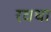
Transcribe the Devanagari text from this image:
रवधा